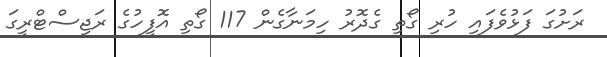
ރަށުގަ ފަޅުވެފައި ހުރި ގޯތި ގެދޮރު ހިމަނާގެން 117 ގޯތި އޮފީހުގެ ރަޖިސްޓްރީގަ